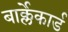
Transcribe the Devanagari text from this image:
बार्क्लेकार्ड